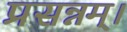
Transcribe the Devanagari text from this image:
प्रसन्नम्‌।